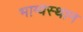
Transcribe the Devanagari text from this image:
भाग्यस्थान